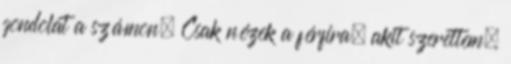
gondolat a számon. Csak nézek a férfira, akit szerettem,